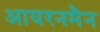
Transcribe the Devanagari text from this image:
आयरनमैन